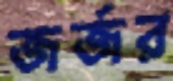
জর্জর